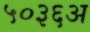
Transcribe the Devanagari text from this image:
५०३६अ